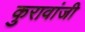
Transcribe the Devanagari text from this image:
कुरावांजी